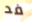
فد